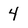
Character: 4